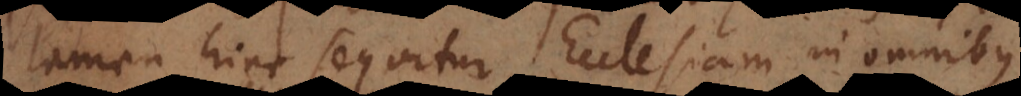
tamen hinc sequitur Ecclesiam in omnibus